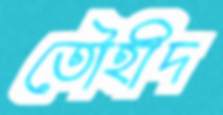
তৌহীদ